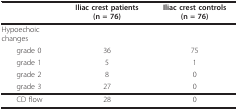
<table><thead><tr><td></td><td><b>Iliac crest patients (n = 76)</b></td><td><b>Iliac crest controls (n = 76)</b></td></tr></thead><tbody><tr><td>Hypoechoic changes</td><td></td><td></td></tr><tr><td> grade 0</td><td>36</td><td>75</td></tr><tr><td> grade 1</td><td>5</td><td>1</td></tr><tr><td> grade 2</td><td>8</td><td>0</td></tr><tr><td> grade 3</td><td>27</td><td>0</td></tr><tr><td> CD flow</td><td>28</td><td>0</td></tr></tbody></table>